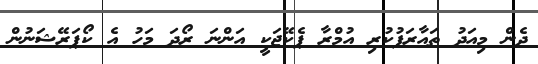
ދެން މިއަދު ތައާރަފުކުރި އުމްރާ ޕެކޭޖަކީ އަންނަ ރޯދަ މަހު އެ ކޯޕަރޭޝަނުން